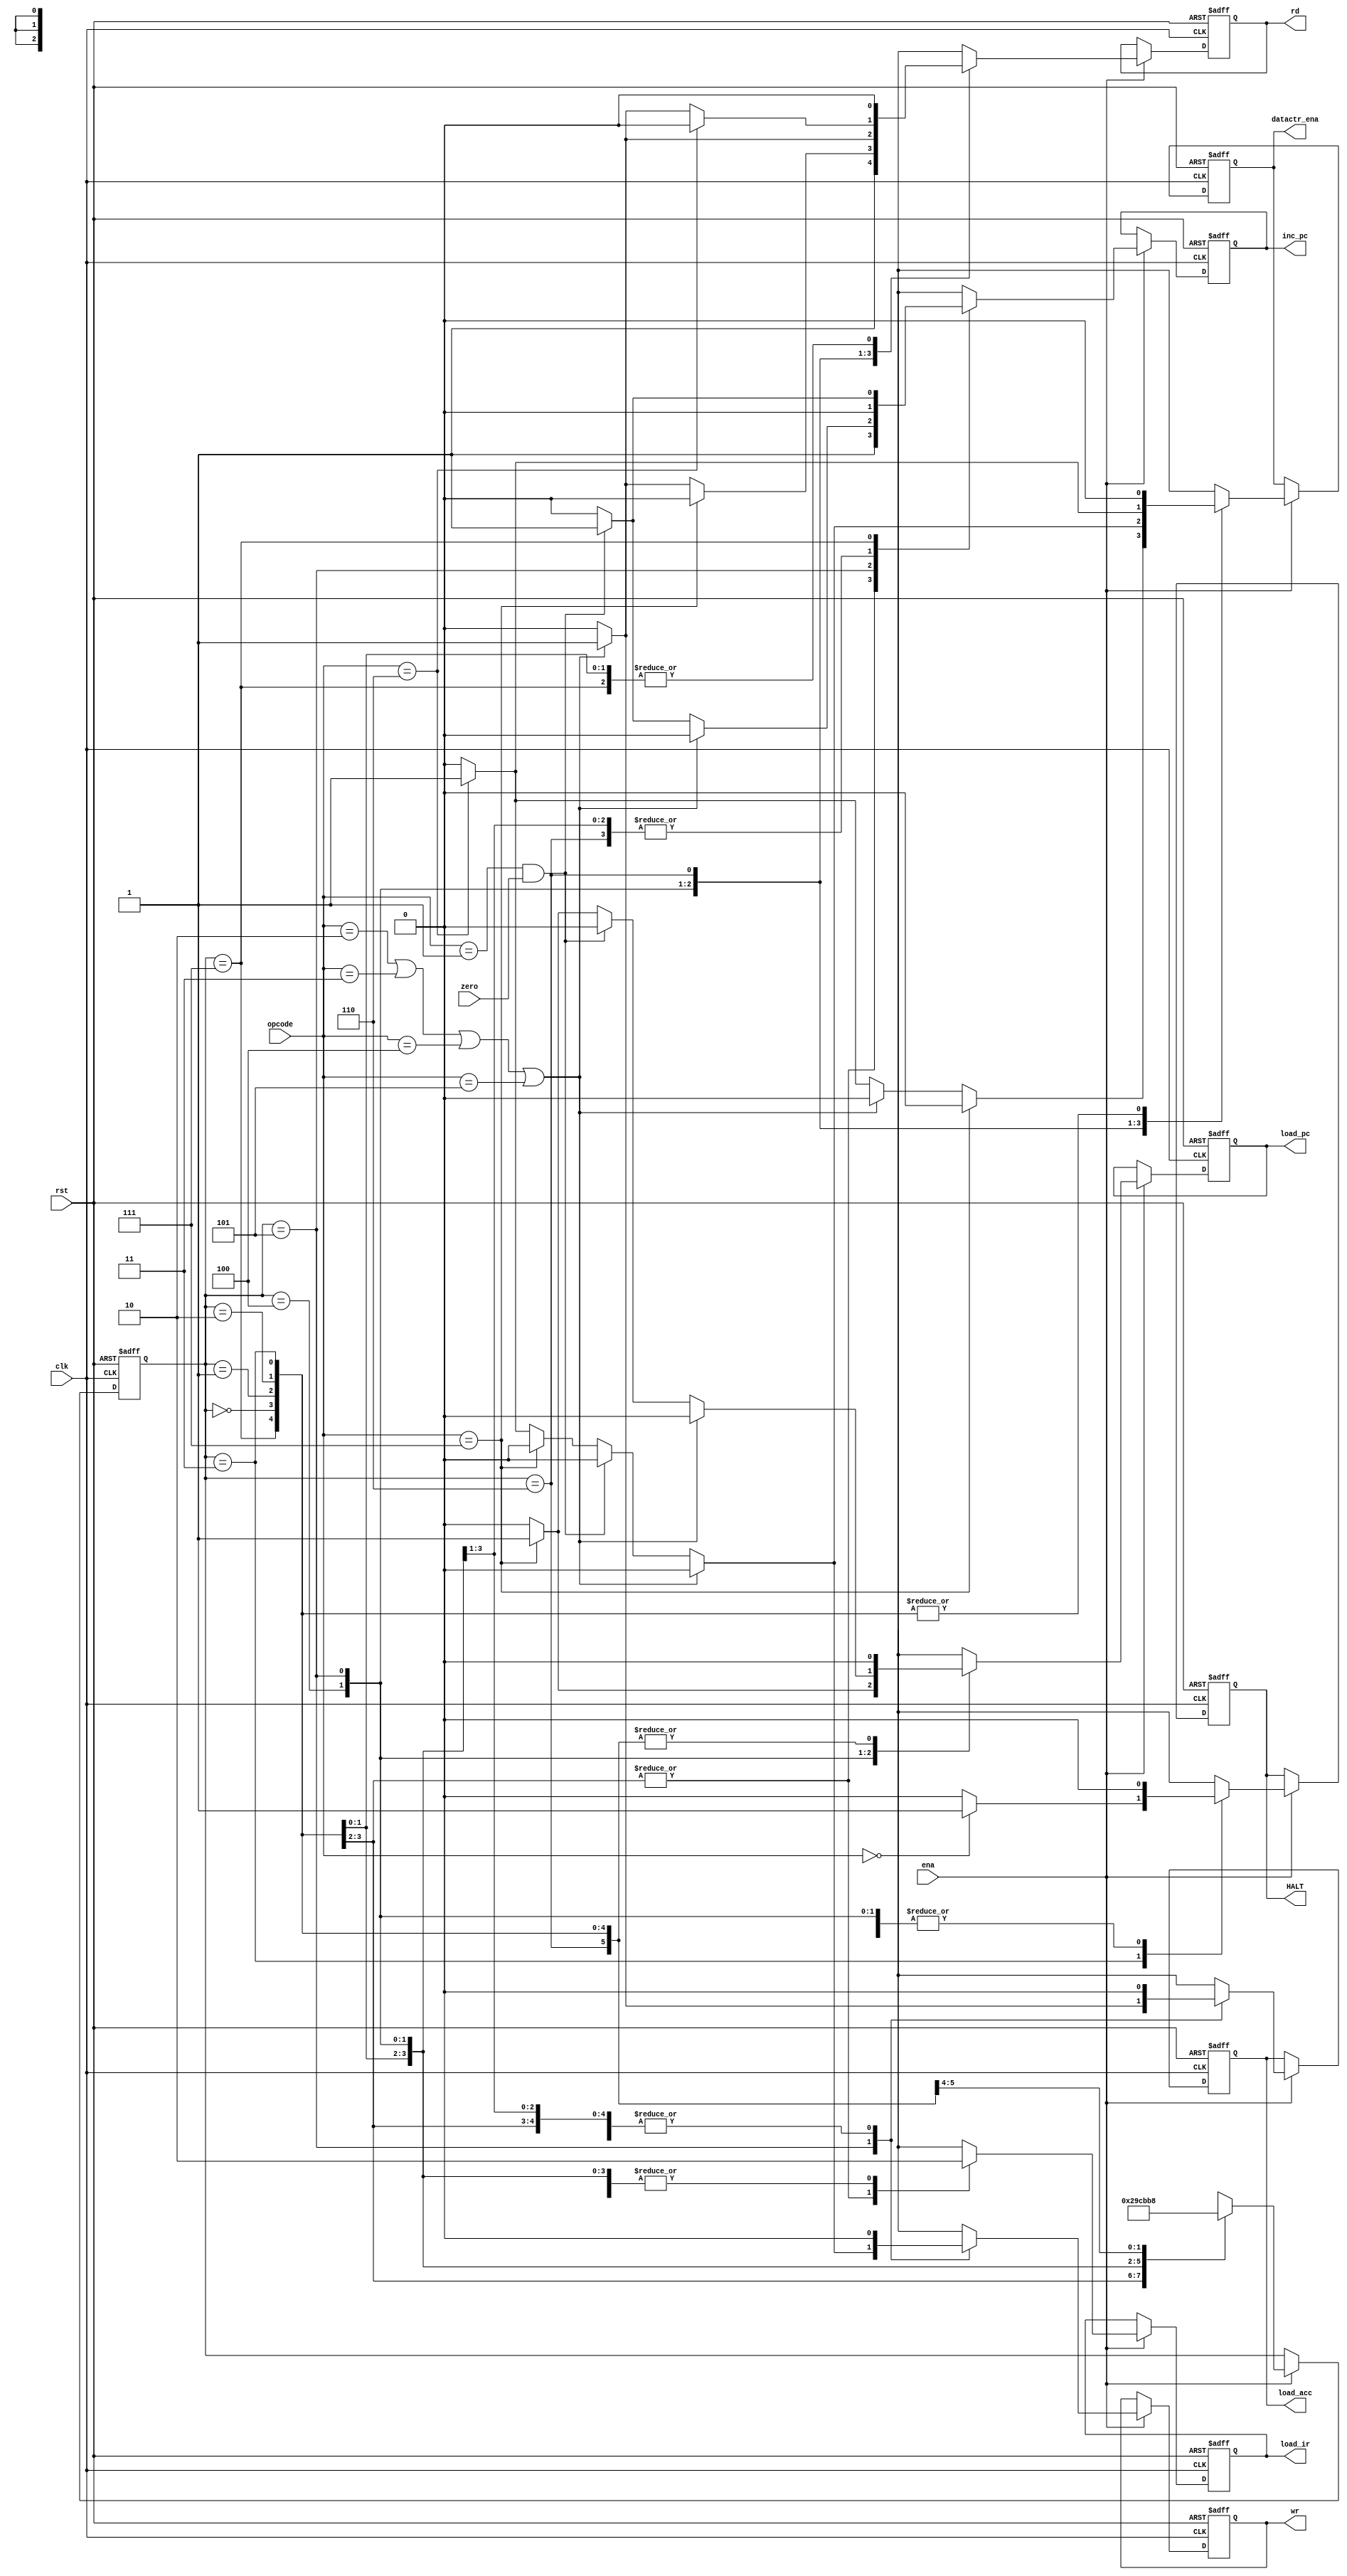
module controller(
            clk,
            rst,
            ena,
            zero,
            opcode,
            load_acc,
            load_pc,
            rd,
            wr,
            load_ir,
            HALT,
            datactr_ena,
            inc_pc
        );

input clk,rst,ena,zero;
input [2:0]opcode;
output inc_pc,load_acc,load_pc,rd,wr,load_ir,HALT,datactr_ena;

reg inc_pc,load_acc,load_pc,rd,wr,load_ir,HALT,datactr_ena;
reg [2:0]state;

parameter  HLT=3'b000,
   SKZ=3'b001,
   ADD=3'b010,
   AND=3'b011,
   XOR=3'b100,
   LDA=3'b101,
   STO=3'b110,
   JMP=3'b111;   

always@(posedge clk or negedge rst)
 begin
   if(!rst)
   begin
   state<=3'b000;
     {inc_pc,load_acc,load_pc,rd,wr,load_ir,HALT,datactr_ena} <=8'b00000000;         
 end
else 
 if(ena)
  controller_cycle;
end

task controller_cycle;
 begin
   case(state)
   3'b000:begin
      {inc_pc,load_acc,load_pc,rd,wr,load_ir,HALT,datactr_ena}<=8'b10010100;
      state<=3'b001;
     end
  3'b001:begin
      {inc_pc,load_acc,load_pc,rd,wr,load_ir,HALT,datactr_ena}<=8'b10010100;
      state<=3'b010;
     end
   3'b010:begin
      {inc_pc,load_acc,load_pc,rd,wr,load_ir,HALT,datactr_ena}<=8'b00000000;
      state<=3'b011;
     end
     3'b011:begin
      if(opcode==HLT)
        {inc_pc,load_acc,load_pc,rd,wr,load_ir,HALT,datactr_ena}<=8'b00000010;  
      else
        {inc_pc,load_acc,load_pc,rd,wr,load_ir,HALT,datactr_ena}<=8'b00000000;
    state<=3'b100;
      end
      3'b100:begin
       if(opcode==JMP)
         {inc_pc,load_acc,load_pc,rd,wr,load_ir,HALT,datactr_ena}<=8'b00100000;
     else 
       if((opcode==ADD)||(opcode==AND)||(opcode==XOR)||(opcode==LDA))
          {inc_pc,load_acc,load_pc,rd,wr,load_ir,HALT,datactr_ena}<=8'b00010000;
        else
          if(opcode==STO)
              {inc_pc,load_acc,load_pc,rd,wr,load_ir,HALT,datactr_ena}<=8'b0000001;
        else
           {inc_pc,load_acc,load_pc,rd,wr,load_ir,HALT,datactr_ena}<=8'b00000000;
      state<=3'b101; 
      end
3'b101:begin
         if((opcode==ADD)||(opcode==AND)||(opcode==XOR)||(opcode==LDA))
           {inc_pc,load_acc,load_pc,rd,wr,load_ir,HALT,datactr_ena}<=8'b01010000;
         else
           if((opcode==SKZ)&&(zero==1))
             {inc_pc,load_acc,load_pc,rd,wr,load_ir,HALT,datactr_ena}<=8'b10000000;
          else
            if(opcode==JMP)
             {inc_pc,load_acc,load_pc,rd,wr,load_ir,HALT,datactr_ena}<=8'b00100000;
           else
             if(opcode==STO)
              {inc_pc,load_acc,load_pc,rd,wr,load_ir,HALT,datactr_ena}<=8'b00001001;
            else
              {inc_pc,load_acc,load_pc,rd,wr,load_ir,HALT,datactr_ena}<=8'b00000000;
        state<=3'b110;
        end
  3'b110:begin
           if(opcode==STO)
              {inc_pc,load_acc,load_pc,rd,wr,load_ir,HALT,datactr_ena}<=8'b0000001;
            else
              if((opcode==ADD)||(opcode==AND)||(opcode==XOR)||(opcode==LDA))
                 {inc_pc,load_acc,load_pc,rd,wr,load_ir,HALT,datactr_ena}<=8'b00010000;
               else
                 {inc_pc,load_acc,load_pc,rd,wr,load_ir,HALT,datactr_ena}<=8'b00000000;
            state<=3'b111;
            end
    3'b111:begin
            if((opcode==SKZ)&&(zero==1))
               {inc_pc,load_acc,load_pc,rd,wr,load_ir,HALT,datactr_ena}<=8'b10000000;
             else
               {inc_pc,load_acc,load_pc,rd,wr,load_ir,HALT,datactr_ena}<=8'b00000000;
             state<=3'b000;
            end
    default:begin
             {inc_pc,load_acc,load_pc,rd,wr,load_ir,HALT,datactr_ena}<=8'b00000000;
              state<=3'b000;
              end
        endcase                 
end
endtask

 endmodule